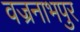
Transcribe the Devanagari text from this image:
वज्रनाभपुर